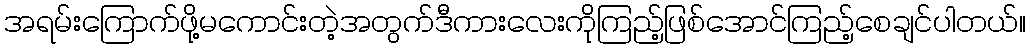
အရမ်းကြောက်ဖို့မကောင်းတဲ့အတွက်ဒီကားလေးကိုကြည့်ဖြစ်အောင်ကြည့်စေချင်ပါတယ်။